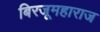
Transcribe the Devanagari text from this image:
बिरजूमहाराज